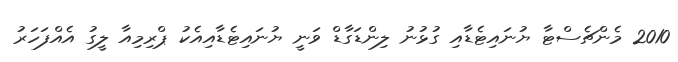
2010 މެންޗެސްޓާ ޔުނައިޓެޑާއި ގުޅުނު ލިންޑަގާޑް ވަނީ ޔުނައިޓެޑާއިއެކު ޕްރިމިއާ ލީގު އެއްފަހަރު